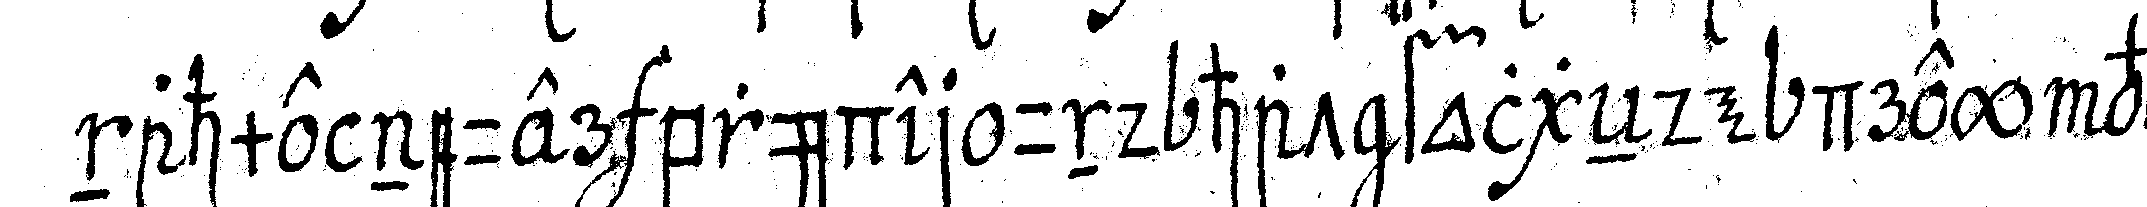
nahme neuer brüder und hat folgeNde drey ver